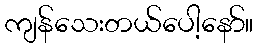
ကျန်သေးတယ်ပေါ့နော်။